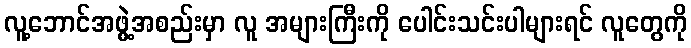
လူ့ဘောင်အဖွဲ့အစည်းမှာ လူ အများကြီးကို ပေါင်းသင်းပါများရင် လူတွေကို